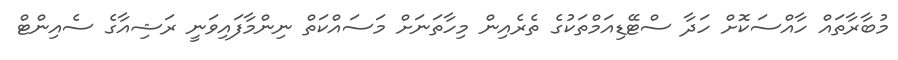
މުބާރާތައް ހާއްސަކޮށް ހަދާ ސްޓޭޑިއަމްތަކުގެ ތެރެއިން މިހާތަނަށް މަސައްކަތް ނިންމާފައިވަަނީ ރަޝިއާގެ ސެއިންޓް